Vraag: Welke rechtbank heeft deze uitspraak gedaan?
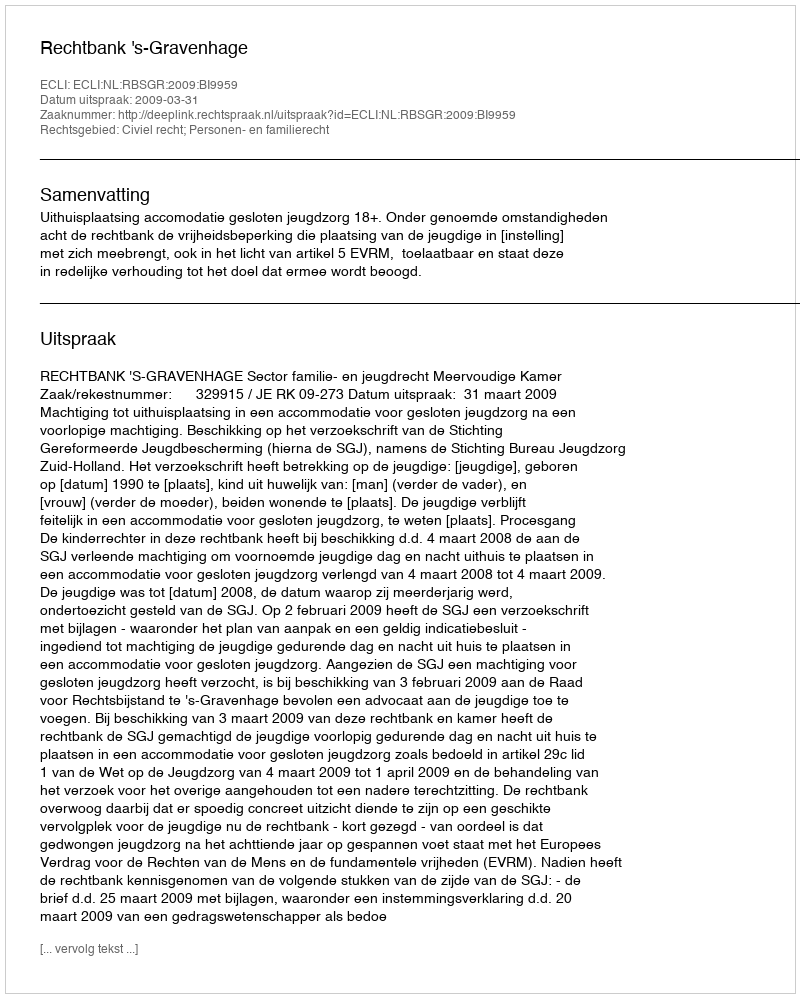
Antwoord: Rechtbank 's-Gravenhage